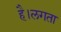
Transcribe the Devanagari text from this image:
है।लगता